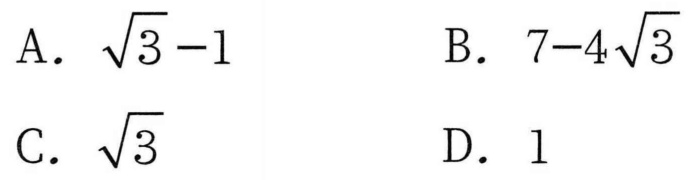
A. \(\sqrt{3}-1\)  B. \(7 - 4\sqrt{3}\)
C. \(\sqrt{3}\)  D. \(1\)